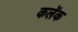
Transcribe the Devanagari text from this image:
कलेंक